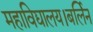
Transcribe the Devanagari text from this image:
महाविद्यालय।बर्लिन